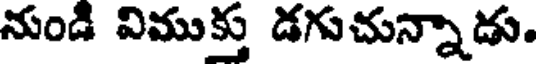
నుండి విముక్తు డగుచున్నాడు.